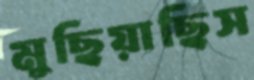
মুছিয়াছিস